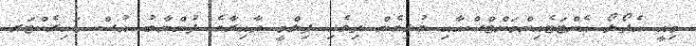
މިއީ އެޕޯލޯ އެންޓަޓެއިންމަންޓްސްއާއި ގުޅިގެން ދިވެހި ފިލްމީ ދާއިރާގެ ފުންނާބު އުސް ޑައިރެކްޓަރ